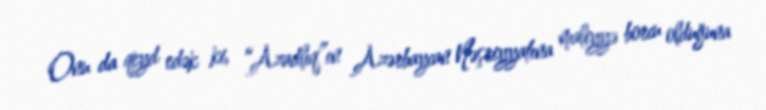
Onu da qeyd edək ki, “Azadlıq”ın Azərbaycan Nəşriyyatına maliyyə borcu olduğuna